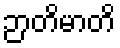
ဉာတိမာတိ